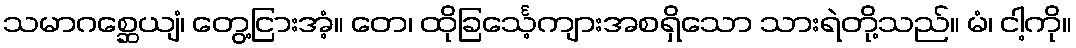
သမာဂစ္ဆေယျံ၊ တွေ့ငြားအံ့။ တေ၊ ထိုခြင်္သေ့ကျားအစရှိသော သားရဲတို့သည်။ မံ၊ ငါ့ကို။